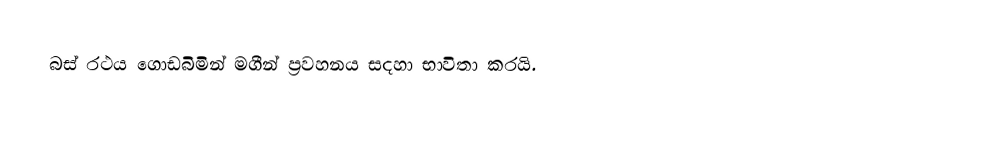
බස් රථය ගොඩබිමින් මගීන් ප්‍රවහනය සදහා භාවිතා කරයි.